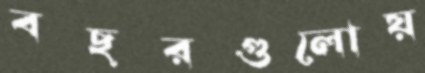
বছরগুলোয়